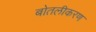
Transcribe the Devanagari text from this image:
बोतलीकरण